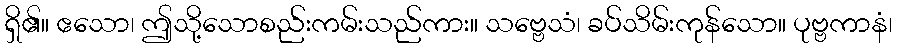
ရှိ၏။ ဧသော၊ ဤသို့သောစည်းကမ်းသည်ကား။ သဗ္ဗေသံ၊ ခပ်သိမ်းကုန်သော။ ပုဗ္ဗကာနံ၊